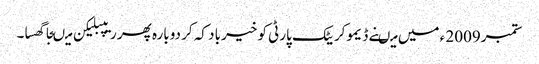
ستمبر2009 ء میں میںنے ڈیموکریٹک پارٹی کو خیر باد کہ کر دوبارہ پھر ریپبلیکن میںجا گھسا۔